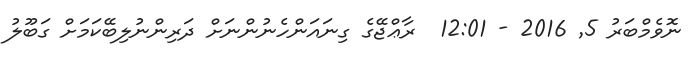
ނޮވެމްބަރު 5